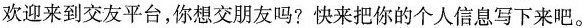
欢迎来到交友平台，你想交朋友吗?快来把你的个人信息写下来吧。